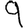
Digit: 9